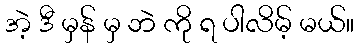
အဲ့ ဒီ မှန် မှ ဘဲ ကို ရ ပါလိမ့် မယ်။